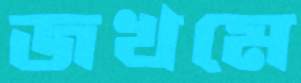
জখমে